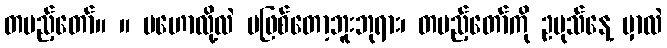
တပည့်တော်။ ။ မဟောလို့လဲ မဖြစ်တော့ဘူးဘုရား၊ တပည့်တော်ကို ဥပုသ်နေ့ မှာလဲ